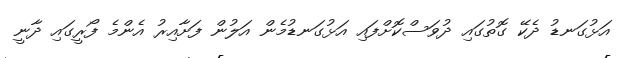
އަޅުގަނޑު ދެކޭ ގޮތުގައި ދުވަސްކޮށްފައި އަޅުގަނޑުމެން އަލުން ފަށާއިރު އެންމެ ފޯރީގައި ދާނީ